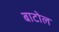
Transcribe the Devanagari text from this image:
बाटोल